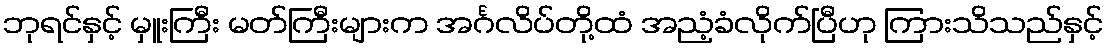
ဘုရင်နှင့် မှူးကြီး မတ်ကြီးများက အင်္ဂလိပ်တို့ထံ အညံ့ခံလိုက်ပြီဟု ကြားသိသည်နှင့်